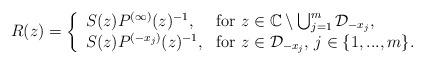
LaTeX: \begin{align*}R(z) = \left\{ \begin{array}{l l}S(z)P^{(\infty)}(z)^{-1}, & \mbox{for } z \in \mathbb{C}\setminus \bigcup_{j=1}^{m}\mathcal{D}_{-x_{j}}, \\S(z)P^{(-x_{j})}(z)^{-1}, & \mbox{for } z \in \mathcal{D}_{-x_{j}}, \, j \in \{1,...,m\}.\end{array} \right.\end{align*}